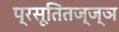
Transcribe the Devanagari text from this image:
प्रसूतितज्‍ज्ञ